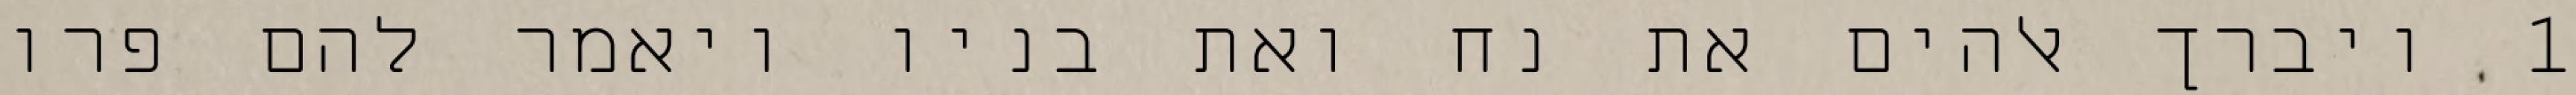
1 ויברך אלהים את נח ואת בניו ויאמר להם פרו